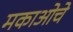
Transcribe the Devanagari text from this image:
मकाओचे